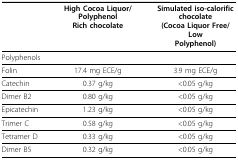
<table><thead><tr><td></td><td><b>High Cocoa Liquor/PolyphenolRich chocolate</b></td><td><b>Simulated iso-calorificchocolate(Cocoa Liquor Free/LowPolyphenol)</b></td></tr></thead><tbody><tr><td>Polyphenols</td><td></td><td></td></tr><tr><td>Folin</td><td>17.4 mg ECE/g</td><td>3.9 mg ECE/g</td></tr><tr><td>Catechin</td><td>0.37 g/kg</td><td>&lt; 0.05 g/kg</td></tr><tr><td>Dimer B2</td><td>0.80 g/kg</td><td>&lt; 0.05 g/kg</td></tr><tr><td>Epicatechin</td><td>1.23 g/kg</td><td>&lt; 0.05 g/kg</td></tr><tr><td>Trimer C</td><td>0.58 g/kg</td><td>&lt; 0.05 g/kg</td></tr><tr><td>Tetramer D</td><td>0.33 g/kg</td><td>&lt; 0.05 g/kg</td></tr><tr><td>Dimer B5</td><td>0.32 g/kg</td><td>&lt; 0.05 g/kg</td></tr></tbody></table>